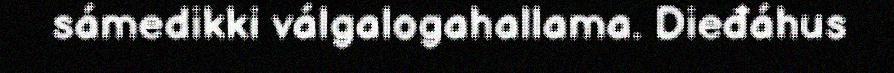
sámedikki válgalogahallama. Dieđáhus